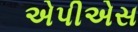
એપીએસ